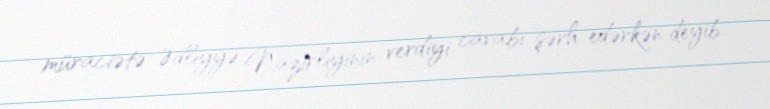
müraciətə Ədliyyə Nazirliyinin verdiyi cavabı şərh edərkən deyib.